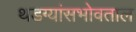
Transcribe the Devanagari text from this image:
थडग्यांसभोवताल